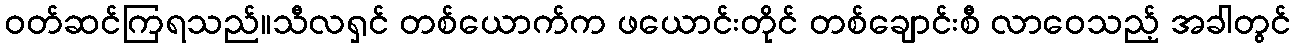
ဝတ်ဆင်ကြရသည်။သီလရှင် တစ်ယောက်က ဖယောင်းတိုင် တစ်ချောင်းစီ လာဝေသည့် အခါတွင်